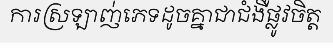
ការស្រឡាញ់ភេទដូចគ្នាជាជំងឺផ្លូវចិត្ត